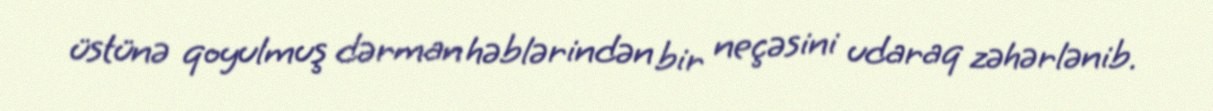
üstünə qoyulmuş dərman həblərindən bir neçəsini udaraq zəhərlənib.